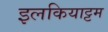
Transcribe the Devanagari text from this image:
इलकियाट्टम